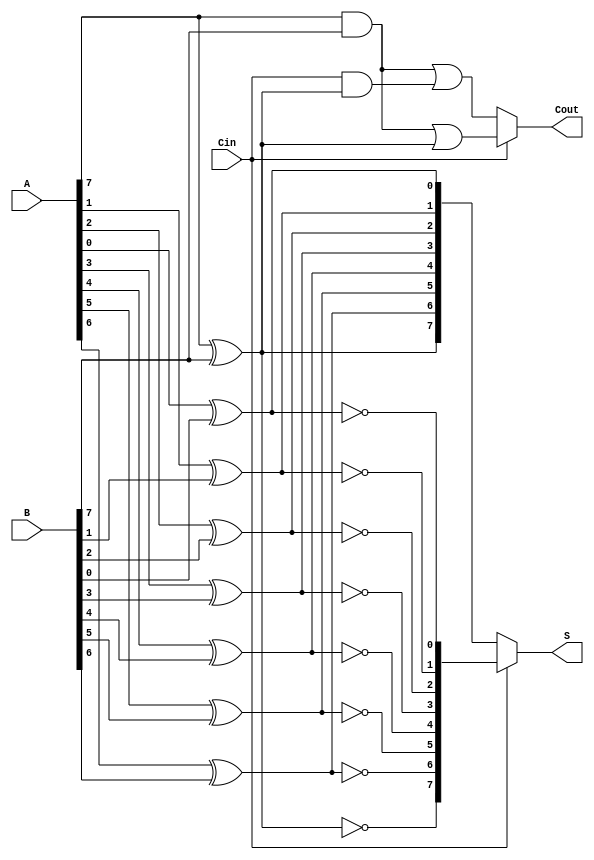
module ConditionalSumAdder #(parameter n = 8) (
    input  wire [n-1:0] A,      // First n-bit input
    input  wire [n-1:0] B,      // Second n-bit input
    input  wire Cin,             // Carry-in
    output wire [n-1:0] S,       // n-bit sum output
    output wire Cout             // Carry-out
);

    wire [n-1:0] S0;            // Sum assuming carry-in = 0
    wire [n-1:0] S1;            // Sum assuming carry-in = 1
    wire [n-1:0] C0;            // Carry-out assuming carry-in = 0
    wire [n-1:0] C1;            // Carry-out assuming carry-in = 1
    wire [n-1:0] carry;         // Carry propagation

    // Generate sums and carries for each bit position
    genvar i;
    generate
        for (i = 0; i < n; i = i + 1) begin : CSA_bit
            // Sum assuming carry-in = 0
            assign S0[i] = A[i] ^ B[i] ^ 0;
            // Sum assuming carry-in = 1
            assign S1[i] = A[i] ^ B[i] ^ 1;

            // Carry-out assuming carry-in = 0
            assign C0[i] = (A[i] & B[i]) | (Cin & (A[i] ^ B[i]));
            // Carry-out assuming carry-in = 1
            assign C1[i] = (A[i] & B[i]) | (1 & (A[i] ^ B[i]));
        end
    endgenerate

    // Carry propagation logic
    assign carry[0] = Cin ? C1[0] : C0[0];
    generate
        for (i = 1; i < n; i = i + 1) begin : carry_propagation
            assign carry[i] = Cin ? C1[i] : C0[i];
        end
    endgenerate

    // Final sum and carry-out selection
    assign S = Cin ? S1 : S0;
    assign Cout = carry[n-1];

endmodule